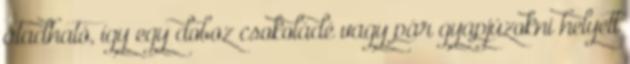
átadható, így egy doboz csokoládé vagy pár gyapjúzokni helyett